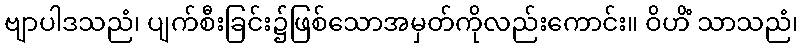
ဗျာပါဒသညံ၊ ပျက်စီးခြင်း၌ဖြစ်သောအမှတ်ကိုလည်းကောင်း။ ဝိဟိံ သာသညံ၊